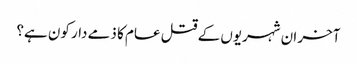
آخر ان شہریوں کے قتل عام کا ذمے دار کون ہے؟